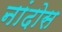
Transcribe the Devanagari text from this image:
नांदोस